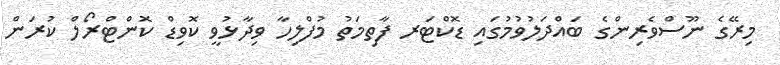
މިރޭގެ ނޫސްވެރިންގެ ބައްދަލުވުމުގައި ޑޮކްޓަރ ފާތިމަތު މުފްލިހާ ވިދާޅުވީ ކޮވިޑް ކޮންޓްރޯލް ކުރަން